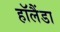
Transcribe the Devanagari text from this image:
हॉलैंडा